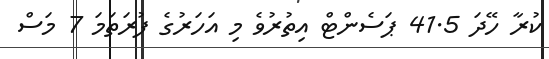
ކުރާ ހޭދަ 41.5 ޕަސެންޓް އިތުރުވެ މި އަހަރުގެ ފުރަތަމަ 7 މަސް